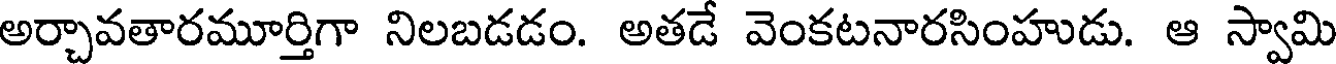
అర్చావతారమూర్తిగా నిలబడడం. అతడే వెంకటనారసింహుడు. ఆ స్వామి